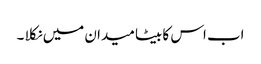
اب اس کا بیٹا میدان میں نکلا ۔